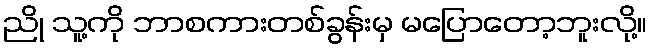
ညို သူ့ကို ဘာစကားတစ်ခွန်းမှ မပြောတော့ဘူးလို့။